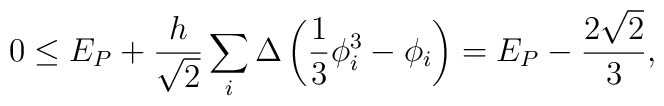
0 \leq E_{P} + \frac{h}{\sqrt{2}} \sum_{i} \Delta \left( \frac{1}{3}\phi_i^3 - \phi_i \right) = E_{P} - \frac{2\sqrt{2}}{3},